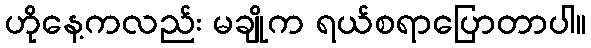
ဟိုနေ့ကလည်း မချိုက ရယ်စရာပြောတာပါ။